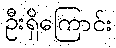
ဦးရှိကြောင်း